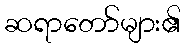
ဆရာတော်များ၏